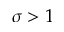
\sigma > 1